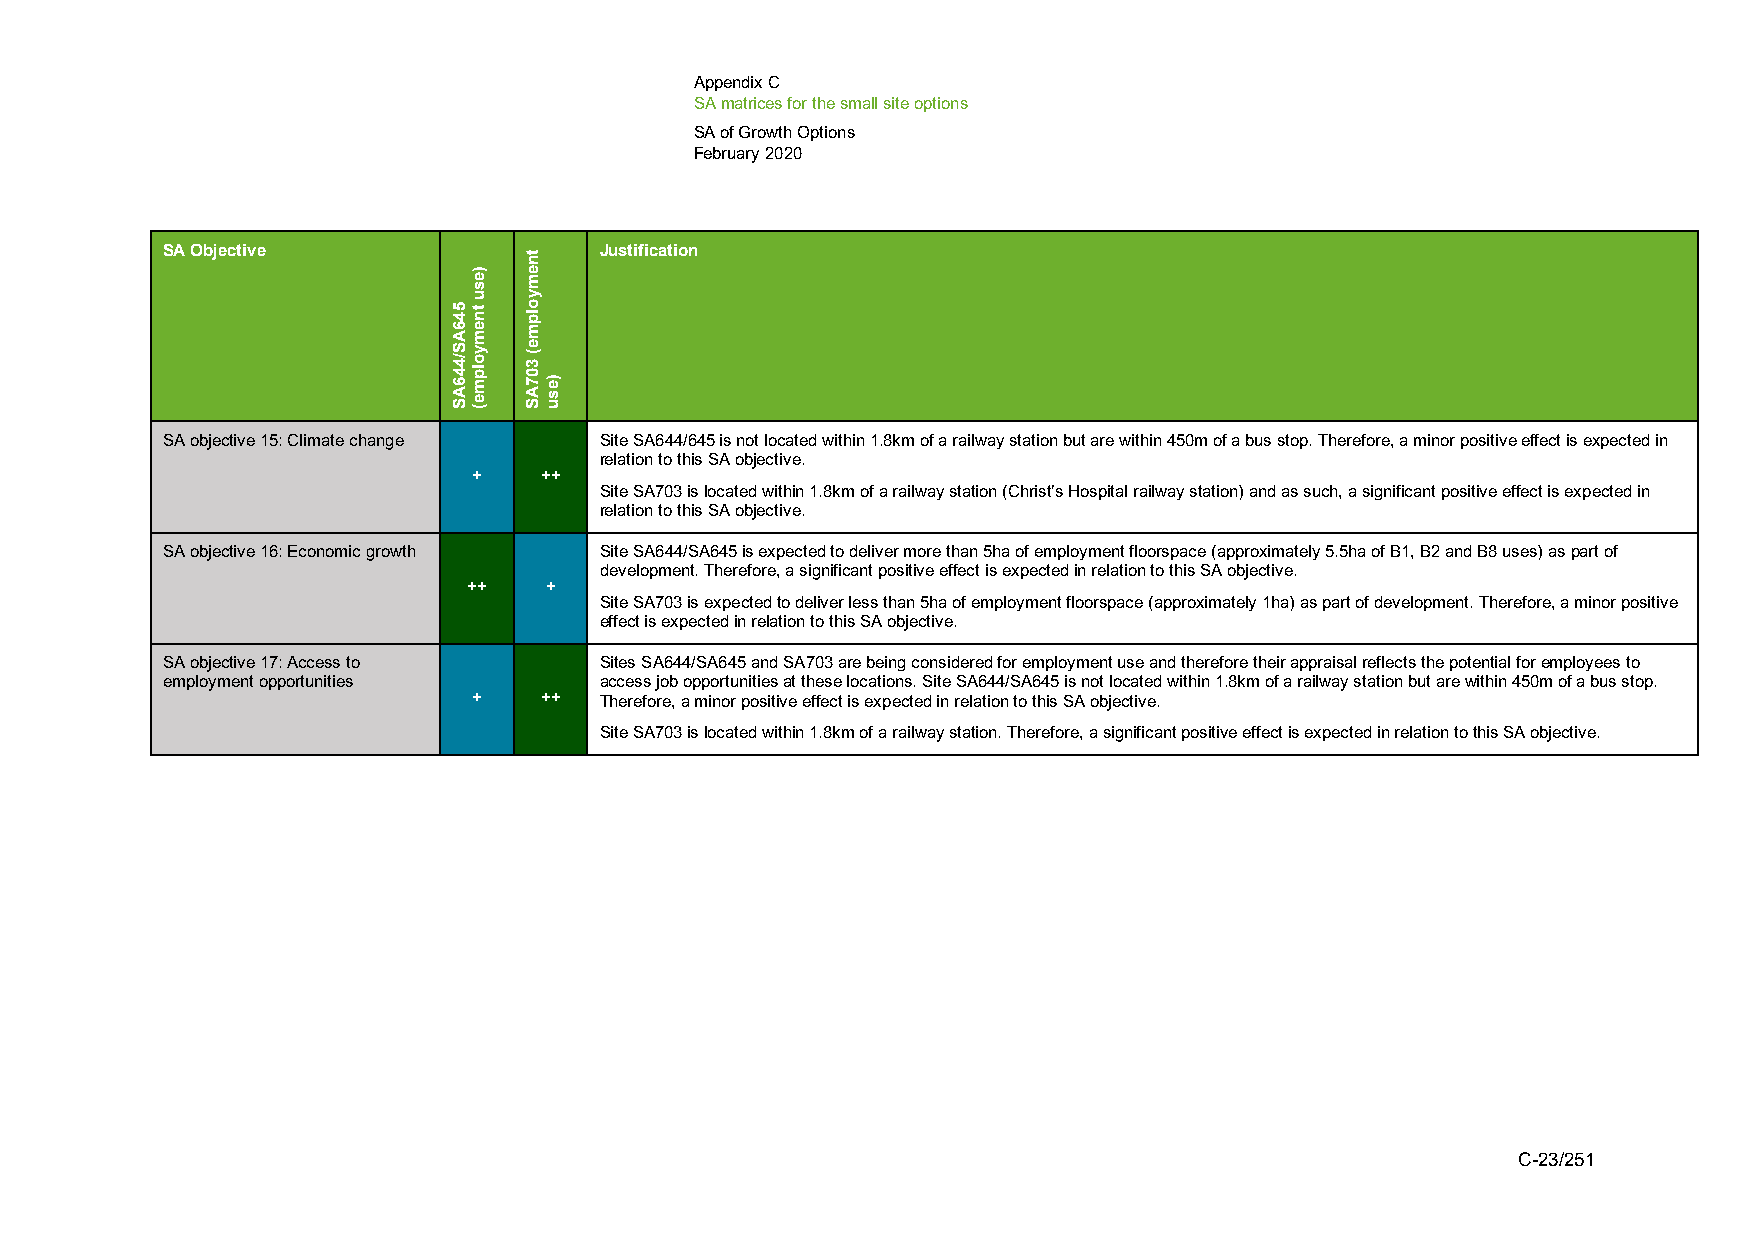
Appendix C
 SA matrices for the small site options
 SA of Growth Options
 February 2020
 SA Objective                 Justification
 SA objective 15: Climate change Site SA644/645 is not located within 1.8km of a railway station but are within 450m of a bus stop. Therefore, a minor positive effect is expected in
 relation to this SA objective.
 +    ++
 Site SA703 is located within 1.8km of a railway station (Christ’s Hospital railway station) and as such, a significant positive effect is expected in
 relation to this SA objective.
 SA objective 16: Economic growth Site SA644/SA645 is expected to deliver more than 5ha of employment floorspace (approximately 5.5ha of B1, B2 and B8 uses) as part of
 development. Therefore, a significant positive effect is expected in relation to this SA objective.
 ++   +
 Site SA703 is expected to deliver less than 5ha of employment floorspace (approximately 1ha) as part of development. Therefore, a minor positive
 effect is expected in relation to this SA objective.
 SA objective 17: Access to   Sites SA644/SA645 and SA703 are being considered for employment use and therefore their appraisal reflects the potential for employees to
 employment opportunities     access job opportunities at these locations. Site SA644/SA645 is not located within 1.8km of a railway station but are within 450m of a bus stop.
 +    ++  Therefore, a minor positive effect is expected in relation to this SA objective.
 Site SA703 is located within 1.8km of a railway station. Therefore, a significant positive effect is expected in relation to this SA objective.
 C-23/251
 546AS/446AS
 )esu
 tnemyolpme(
 tnemyolpme(
 307AS
 )esu